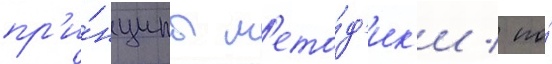
пр'и́нципы м'ето́д'ик'и / по́